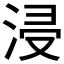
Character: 浸